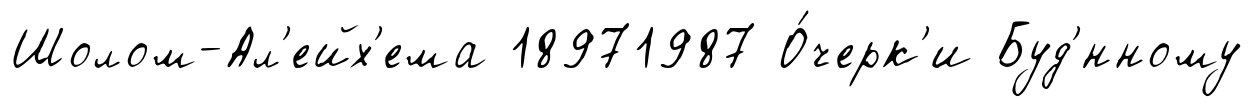
Шолом-Ал'ейх'ема 18971987 О́черк'и Буд'́нному